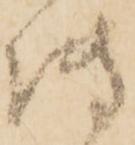
傳